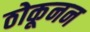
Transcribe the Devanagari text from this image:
ठोकूनन